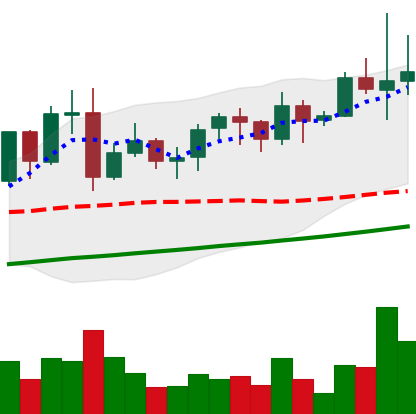
Ticker: LINK-USD
Chart end date: 2021-11-11
Forward return: -16.11%
Label: down_7plus